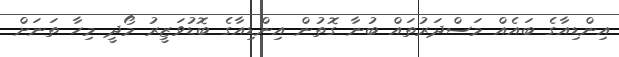
އިންޑިއާގެ ބައެއް މަސްދަރުތައް ބުނާ ގޮތުން އިންޑިއާގެ ބޮޑުވަޒީރު މޯދީ މިހާ ތަަނަށް